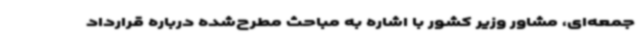
جمعه‌ای، مشاور وزیر کشور با اشاره به مباحث مطرح‌شده درباره قرارداد